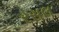
રસલ